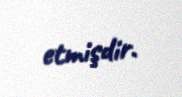
etmişdir.